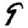
Digit: 9